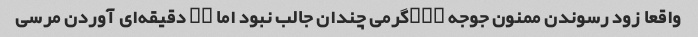
واقعا زود رسوندن ممنون جوجه ۳۰۰گرمی چندان جالب نبود اما ۲۰ دقیقه‌ای آوردن مرسی